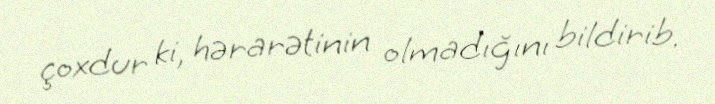
çoxdur ki, hərarətinin olmadığını bildirib.